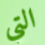
التي